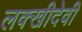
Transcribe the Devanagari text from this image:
लक्खीदेवी